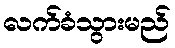
လက်ခံသွားမည်